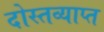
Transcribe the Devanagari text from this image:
दोस्तव्याप्त